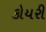
કોયરી